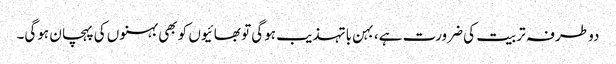
دو طرفہ تربیت کی ضرورت ہے، بہن باتہذیب ہوگی تو بھائیوں کو بھی بہنوں کی پہچان ہوگی۔